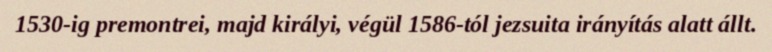
1530-ig premontrei, majd királyi, végül 1586-tól jezsuita irányítás alatt állt.